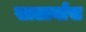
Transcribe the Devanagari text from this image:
सातार्यास